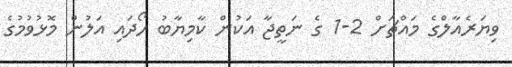
ވިޔަރެއާލްގެ މައްޗަށް 2-1 ގެ ނަތީޖާ އަކުން ކާމިޔާބު ހޯދައި އަލުން މޮޅުވުމުގެ